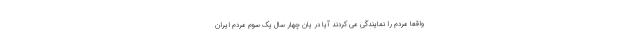
واقعا مردم را نمایندگی می کردند آیا در یان چهار سال یک سوم مردم ایران